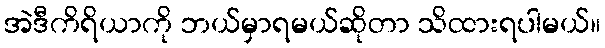
အဲဒီကိရိယာကို ဘယ်မှာရမယ်ဆိုတာ သိထားရပါမယ်။